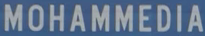
MOHAMMEDIA